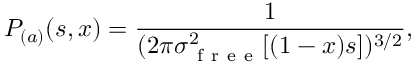
P _ { ( a ) } ( s , x ) = \frac { 1 } { ( 2 \pi \sigma _ { \mathrm { ~ f ~ r ~ e ~ e ~ } } ^ { 2 } [ ( 1 - x ) s ] ) ^ { 3 / 2 } } ,